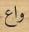
واع